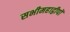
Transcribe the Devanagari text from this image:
सभीमहाद्वीपों